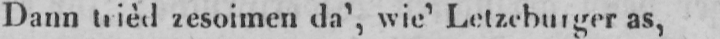
Dann trièd zesoimen da’, wie’ Letzeburger as,